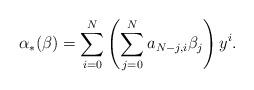
LaTeX: \begin{align*}\alpha_*(\beta)=\sum_{i=0}^N\left(\sum_{j=0}^Na_{N-j,i}\beta_j\right)y^i. \end{align*}